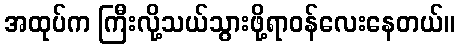
အထုပ်က ကြီးလို့သယ်သွားဖို့ရာဝန်လေးနေတယ်။